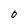
Character: O